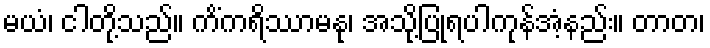
မယံ၊ ငါတို့သည်။ ကိံကရိဿာမနု၊ အသို့ပြုရပါကုန်အံ့နည်း။ တာတ၊